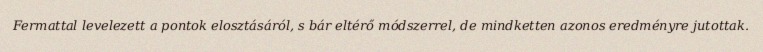
Fermattal levelezett a pontok elosztásáról, s bár eltérő módszerrel, de mindketten azonos eredményre jutottak.